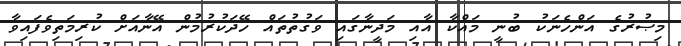
މިޞުރުގެ އަންހެނަކު ބުނީ މައްކާ އާއި މަދީނާގައި ވަގުތުތައް ހޭދަކުރުމުން އޭނާއަށް ކުރިމަތިވެފައިވާ